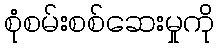
စုံစမ်းစစ်ဆေးမှုကို